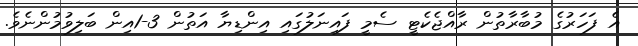
އެ ފަހަރުގެ މުބާރާތުން ރާއްޖެކެޓީ ސެމީ ފައިނަލުގައި އިންޑިޔާ އަތުން 3-1އިން ބަލިވުމުންނެވެ.